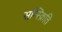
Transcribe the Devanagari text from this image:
सन्स्क्रिति